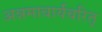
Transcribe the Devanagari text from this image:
अन्नमाचार्यचरित्